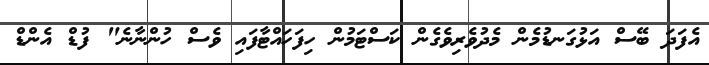
އެފަދަ ބޭސް އަޅުގަނޑުމެން މެދުވެރިވެގެން ކަސްޓަމުން ހިފަހައްޓާފައި ވެސް ހުންނާނެ" ފުޑް އެންޑް